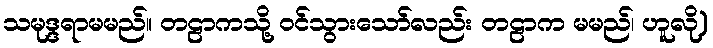
သမုဒ္ဒရာမမည်။ တဠာကသို့ ဝင်သွားသော်လည်း တဠာက မမည်၊ ဟူလို)